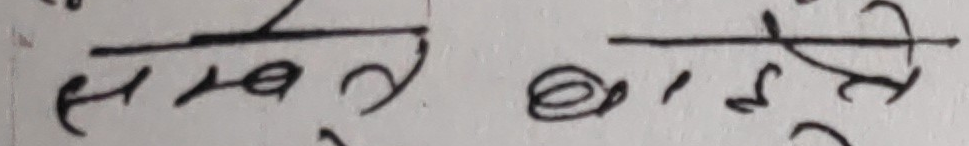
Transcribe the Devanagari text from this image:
समये बोल्स्ते